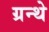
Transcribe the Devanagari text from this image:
ग्रन्थे